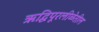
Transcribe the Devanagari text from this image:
ऋद्धिपूरलीळेतील